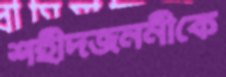
শহীদজননীকে